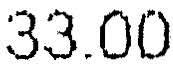
33.00